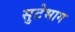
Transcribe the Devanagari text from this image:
सुटेभाग